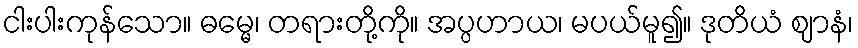
ငါးပါးကုန်သော။ ဓမ္မေ၊ တရားတို့ကို။ အပ္ပဟာယ၊ မပယ်မူ၍။ ဒုတိယံ ဈာနံ၊